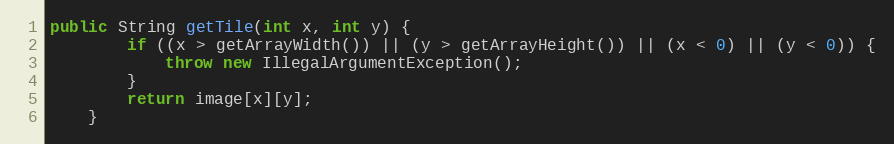
Language: Java
public String getTile(int x, int y) {
        if ((x > getArrayWidth()) || (y > getArrayHeight()) || (x < 0) || (y < 0)) {
            throw new IllegalArgumentException();
        }
        return image[x][y];
    }